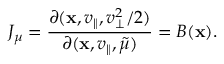
J _ { \mu } = \frac { \partial ( \mathbf { x } , v _ { \parallel } , v _ { \perp } ^ { 2 } / 2 ) } { \partial ( \mathbf { x } , v _ { \parallel } , \Tilde { \mu } ) } = B ( \mathbf { x } ) .